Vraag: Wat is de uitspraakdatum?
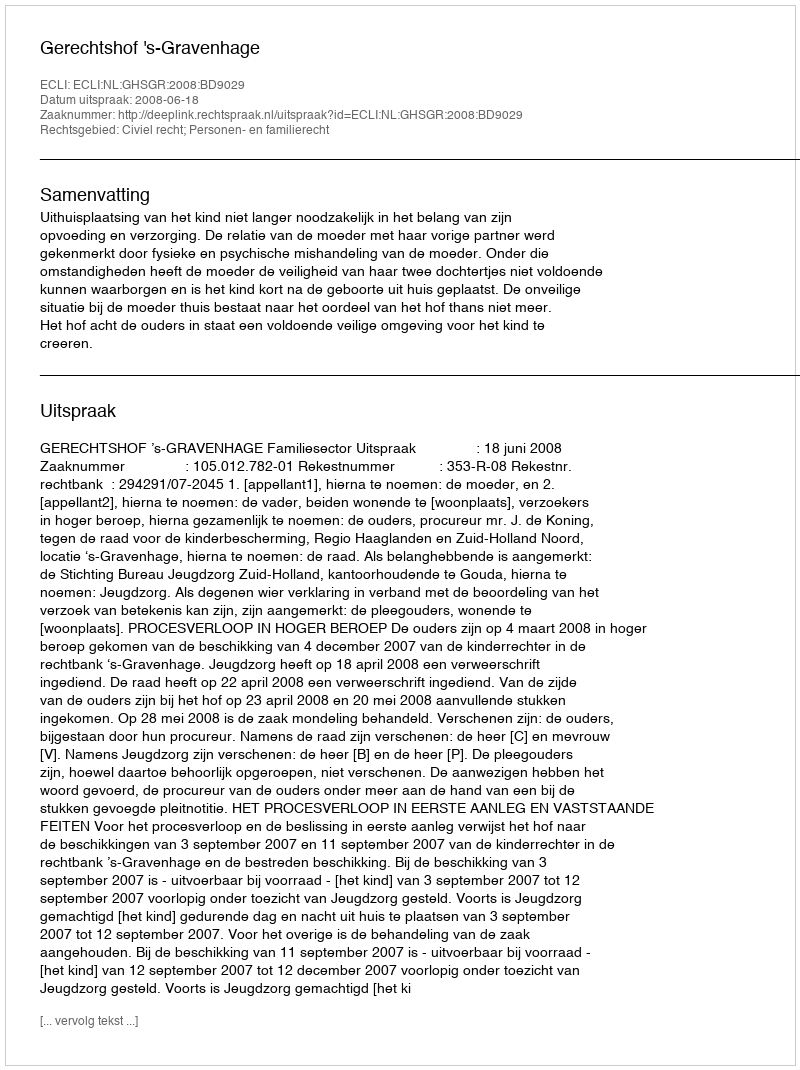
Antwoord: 2008-06-18